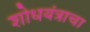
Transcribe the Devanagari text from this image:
शोधयंत्राचा